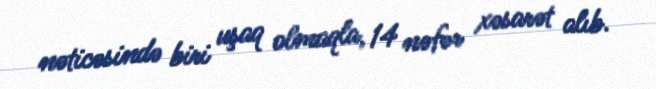
nəticəsində biri uşaq olmaqla, 14 nəfər xəsarət alıb.